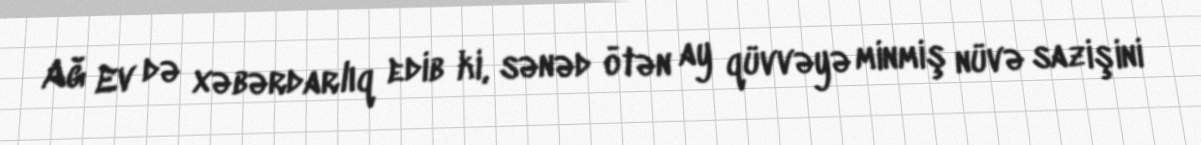
Ağ Ev də xəbərdarlıq edib ki, sənəd ötən ay qüvvəyə minmiş nüvə sazişini